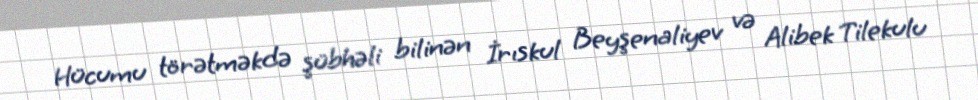
Hücumu törətməkdə şübhəli bilinən İrıskul Beyşenaliyev və Alibek Tilekulu